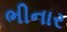
ભીનાર